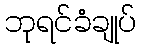
ဘုရင်ခံချုပ်